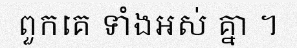
ពួកគេ ទាំងអស់ គ្នា ។